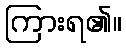
ကြားရ၏။